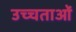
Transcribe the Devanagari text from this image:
उच्चताओं